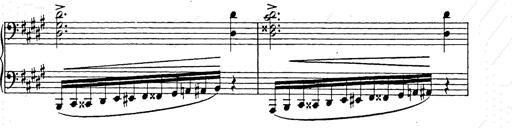
Title: Ballade No.2
Composer: Jan Skrzydlewski
Key: B minor